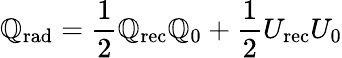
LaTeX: \mathbb{Q}_{\mathrm{{{rad}}}}=\frac{{1}}{{2}}\mathbb{Q}_{\mathrm{{{rec}}}}\mathbb{Q}_{0}+\frac{{1}}{{2}}U_{\mathrm{{{rec}}}}U_{0}